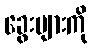
ခွေးများကို